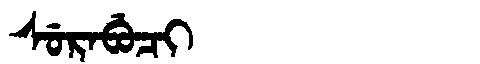
Manchu: ᠰᡠᡵᠠᠪᡠᠴᡳ
Romanization: SURABUCI